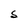
Character: S